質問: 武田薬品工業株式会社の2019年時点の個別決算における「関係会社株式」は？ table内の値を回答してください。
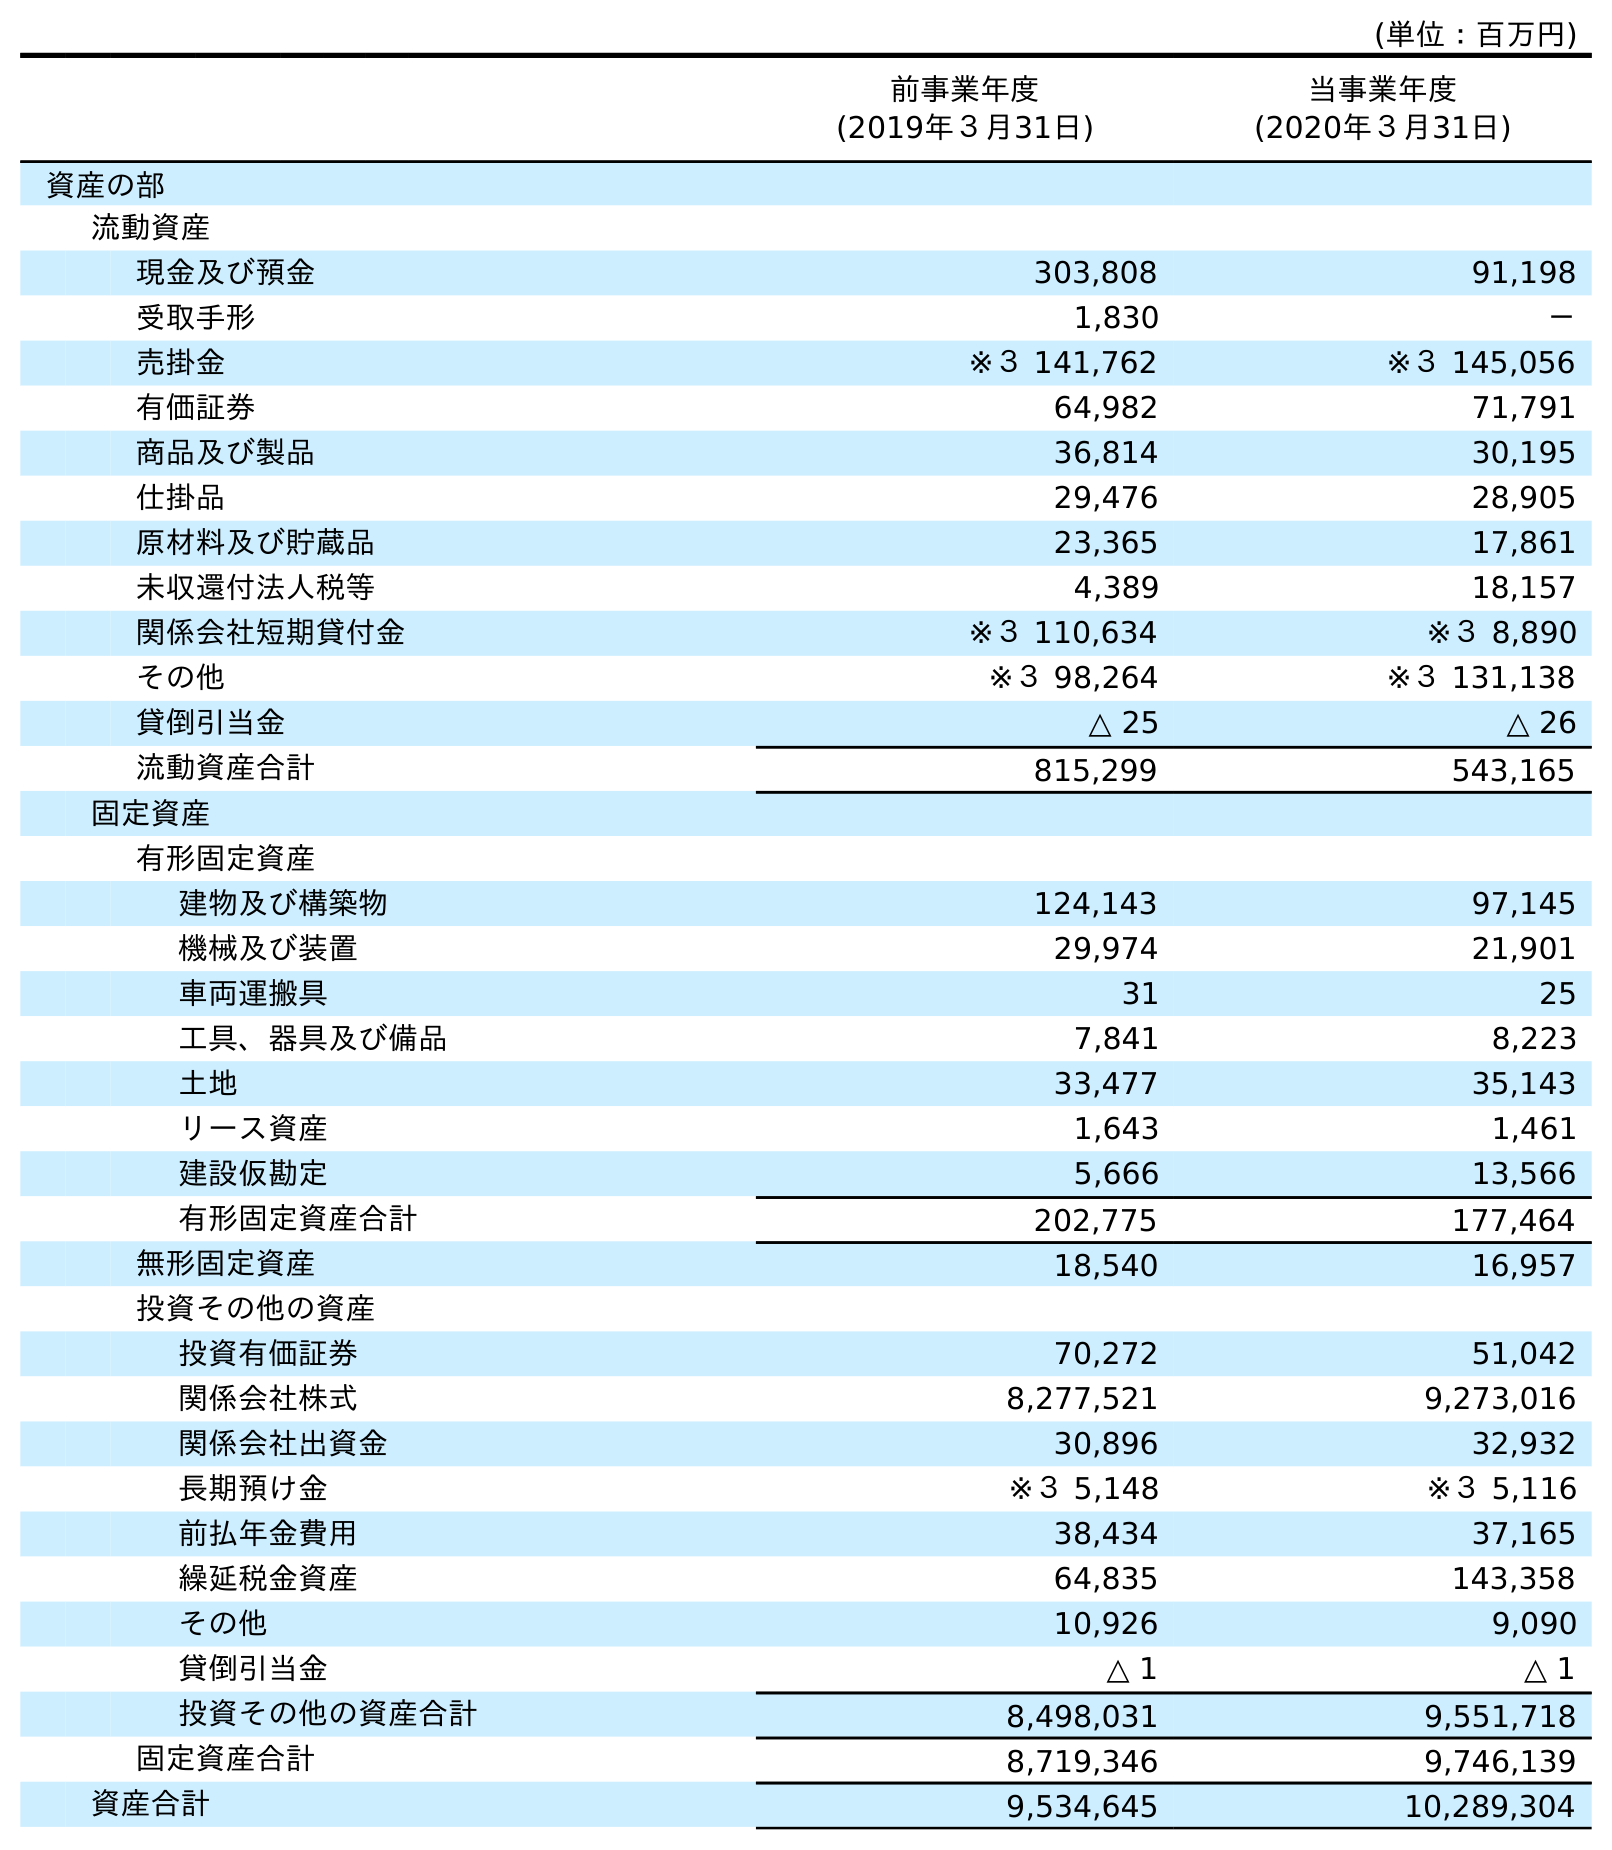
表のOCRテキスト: (単位：百万円) 前事業年度 (2019年３月31日) 当事業年度 (2020年３月31日) 資産の部 流動資産 現金及び預金 303,808 91,198 受取手形 1,830 － 売掛金 ※３ 141,762 ※３ 145,056 有価証券 64,982 71,791 商品及び製品 36,814 30,195 仕掛品 29,476 28,905 原材料及び貯蔵品 23,365 17,861 未収還付法人税等 4,389 18,157 関係会社短期貸付金 ※３ 110,634 ※３ 8,890 その他 ※３ 98,264 ※３ 131,138 貸倒引当金 △ 25 △ 26 流動資産合計 815,299 543,165 固定資産 有形固定資産 建物及び構築物 124,143 97,145 機械及び装置 29,974 21,901 車両運搬具 31 25 工具、器具及び備品 7,841 8,223 土地 33,477 35,143 リース資産 1,643 1,461 建設仮勘定 5,666 13,566 有形固定資産合計 202,775 177,464 無形固定資産 18,540 16,957 投資その他の資産 投資有価証券 70,272 51,042 関係会社株式 8,277,521 9,273,016 関係会社出資金 30,896 32,932 長期預け金 ※３ 5,148 ※３ 5,116 前払年金費用 38,434 37,165 繰延税金資産 64,835 143,358 その他 10,926 9,090 貸倒引当金 △ 1 △ 1 投資その他の資産合計 8,498,031 9,551,718 固定資産合計 8,719,346 9,746,139 資産合計 9,534,645 10,289,304
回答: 8,277,521